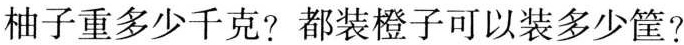
柚子重多少千克?都装橙子可以装多少筐?